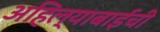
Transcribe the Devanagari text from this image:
अहिल्याबाईंची